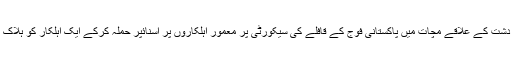
کل دشت کے علاقے مچات میں پاکستانی فوج کے قافلے کی سیکورٹی پر معمور اہلکاروں پر اسنائپر حملہ کرکے ایک اہلکار کو ہلاک کیا۔